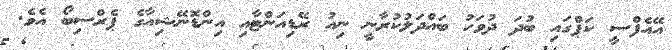
އޭއެފްސީ ކަޕްގައި ބުދަ ދުވަހު ބައްދަލުކުރާނީ ނިއު ރޭޑިއަންޓާއި އިންޑޮނޭޝިއާގެ ޕެރްސިބޯ އެވެ.